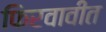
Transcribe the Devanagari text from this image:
फिरवावीत